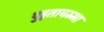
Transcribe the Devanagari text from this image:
पुट्टतायम्मा